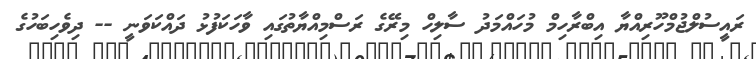
ރައީސުލްޖުމްހޫރިއްޔާ އިބްރާހިމް މުހައްމަދު ސާލިހް މިރޭގެ ރަސްމިއްޔާތުގައި ވާހަކަފުޅު ދައްކަވަނީ -- ދިވެހިބަހުގެ